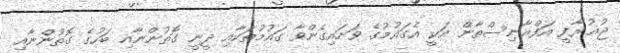
ޖުޣުރާފީ އަފްޣާނިސްތާން އަކީ އެގައުމުގެ ވަށައިގެންވާ ގައުމުތަކާއި ދީނީ ގޮތުންނާއި ބަހުގެ ގޮތުންނާއި